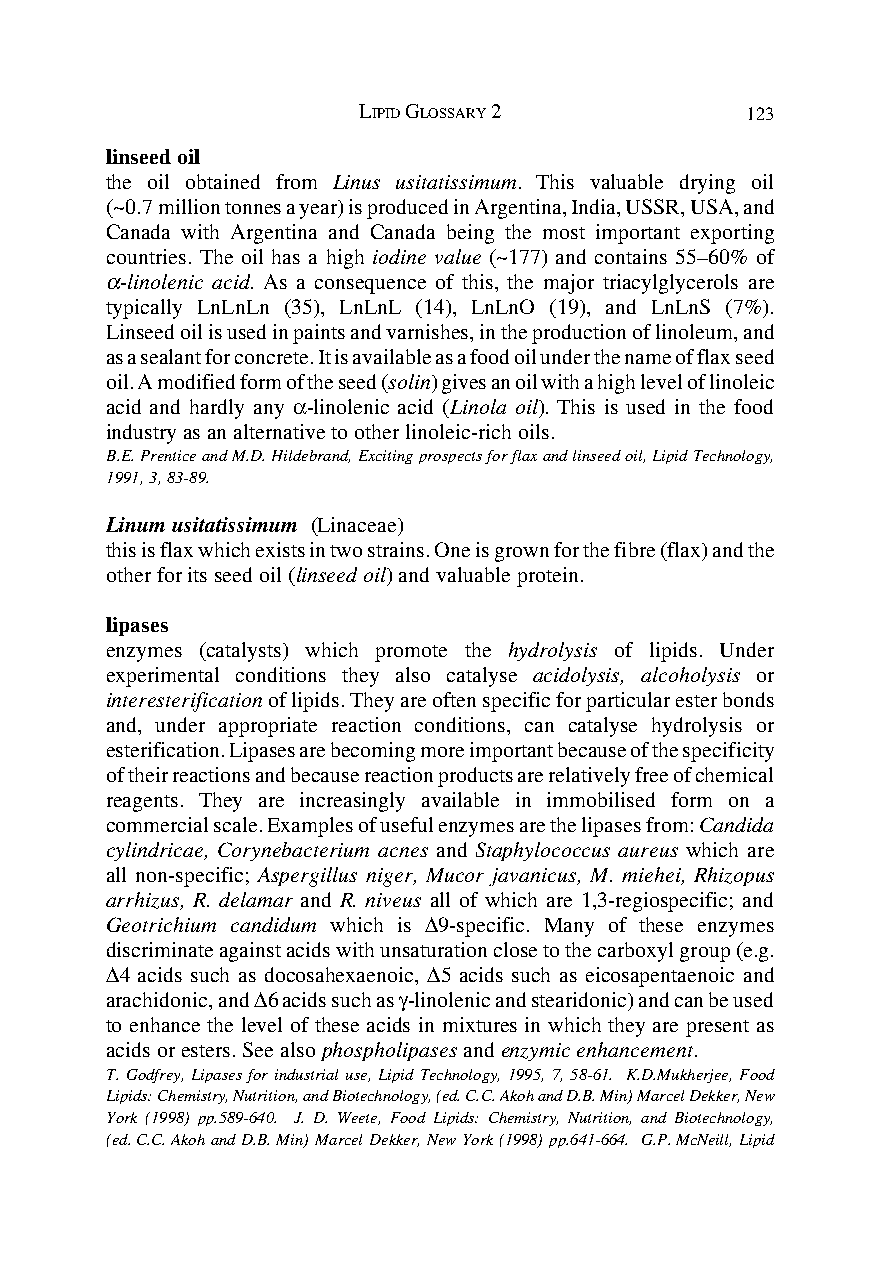
LIPID GLOSSARY 2         123
 linseed oil
 the oil obtained from Linus usitatissimum. This valuable drying oil
 (~0.7 million tonnes a year) is produced in Argentina, India, USSR, USA, and
 Canada with Argentina and Canada being the most important exporting
 countries. The oil has a high iodine value (~177) and contains 55–60% of
 α-linolenic acid. As a consequence of this, the major triacylglycerols are
 typically LnLnLn (35), LnLnL (14), LnLnO (19), and LnLnS (7%).
 Linseed oil is used in paints and varnishes, in the production of linoleum, and
 as a sealant for concrete. It is available as a food oil under the name of flax seed
 oil. A modified form of the seed (solin) gives an oil with a high level of linoleic
 acid and hardly any α-linolenic acid (Linola oil). This is used in the food
 industry as an alternative to other linoleic-rich oils.
 B.E. Prentice and M.D. Hildebrand, Exciting prospects for flax and linseed oil, Lipid Technology,
 1991, 3, 83-89.
 Linum usitatissimum (Linaceae)
 this is flax which exists in two strains. One is grown for the fibre (flax) and the
 other for its seed oil (linseed oil) and valuable protein.
 lipases
 enzymes (catalysts) which promote the hydrolysis of lipids. Under
 experimental conditions they also catalyse acidolysis, alcoholysis or
 interesterification of lipids. They are often specific for particular ester bonds
 and, under appropriate reaction conditions, can catalyse hydrolysis or
 esterification. Lipases are becoming more important because of the specificity
 of their reactions and because reaction products are relatively free of chemical
 reagents. They are increasingly available in immobilised form on a
 commercial scale. Examples of useful enzymes are the lipases from: Candida
 cylindricae, Corynebacterium acnes and Staphylococcus aureus which are
 all non-specific; Aspergillus niger, Mucor javanicus, M. miehei, Rhizopus
 arrhizus, R. delamar and R. niveus all of which are 1,3-regiospecific; and
 Geotrichium candidum which is ∆9-specific. Many of these enzymes
 discriminate against acids with unsaturation close to the carboxyl group (e.g.
 ∆4 acids such as docosahexaenoic, ∆5 acids such as eicosapentaenoic and
 arachidonic, and ∆6 acids such as γ-linolenic and stearidonic) and can be used
 to enhance the level of these acids in mixtures in which they are present as
 acids or esters. See also phospholipases and enzymic enhancement.
 T. Godfrey, Lipases for industrial use, Lipid Technology, 1995, 7, 58-61. K.D.Mukherjee, Food
 Lipids: Chemistry, Nutrition, and Biotechnology, (ed. C.C. Akoh and D.B. Min) Marcel Dekker, New
 York (1998) pp.589-640. J. D. Weete, Food Lipids: Chemistry, Nutrition, and Biotechnology,
 (ed. C.C. Akoh and D.B. Min) Marcel Dekker, New York (1998) pp.641-664. G.P. McNeill, Lipid